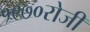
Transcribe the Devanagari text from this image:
१९७०रोजी